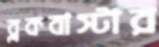
ব্লকবাস্টার